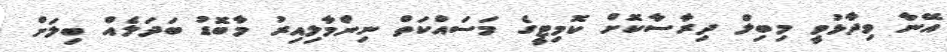
އޭނާ ވިދާޅުވީ މިބިލް ދިރާސާކޮށް ކޮމިޓީގެ މަސައްކަތް ނިންމާލިއިރު މާބޮޑު ބަދަލެއް ބިލަށް